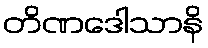
တိဏဒေါသာနိ